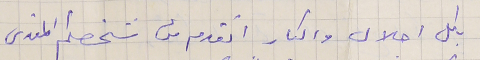
بكل اجلال واكبار اتقدم من شخصكم المقدس